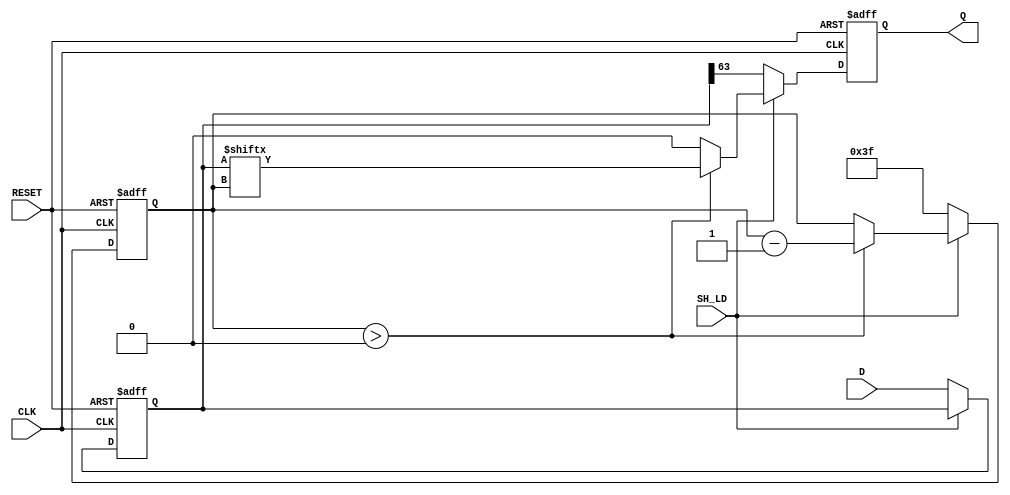
module piso_register (
    input wire [63:0] D,        // 64-bit data input
    input wire SH_LD,           // Shift/Load control signal (active low for load)
    input wire CLK,             // Clock signal
    input wire RESET,           // Asynchronous reset signal
    output reg Q               // Serial output
);

    reg [63:0] shift_reg;       // Internal shift register
    reg [5:0] count;            // Counter for the number of bits shifted out

    always @(posedge CLK or posedge RESET) begin
        if (RESET) begin
            shift_reg <= 64'b0;  // Clear the shift register
            Q <= 1'b0;           // Clear the output
            count <= 6'b0;       // Reset the count
        end else begin
            if (~SH_LD) begin
                // Load operation
                shift_reg <= D;   // Load data into shift register
                Q <= shift_reg[63]; // Set output to MSB
                count <= 6'd63;   // Set count to 63 for shifting
            end else begin
                // Shift operation
                if (count > 0) begin
                    Q <= shift_reg[count]; // Output the current bit
                    count <= count - 1;   // Decrement the count
                end else begin
                    Q <= 1'b0;             // Output low when done shifting
                end
            end
        end
    end

endmodule